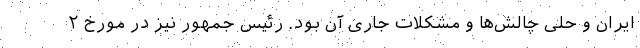
ایران و حلی چالش‌ها و مشکلات جاری آن بود. رئیس جمهور نیز در مورخ ۲